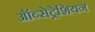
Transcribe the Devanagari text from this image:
ऑब्सेट्रेशियन